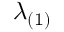
\lambda _ { ( 1 ) }